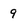
Character: 9